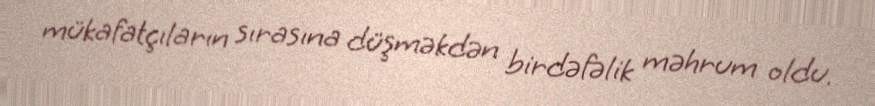
mükafatçıların sırasına düşməkdən birdəfəlik məhrum oldu.